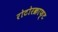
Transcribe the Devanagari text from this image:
रोटोरक्राफ्ट